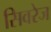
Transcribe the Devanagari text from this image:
सिवरेज